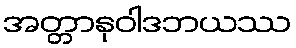
အတ္တာနုဝါဒဘယဿ